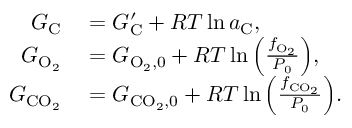
\begin{array} { r l } { G _ { \mathrm { C } } } & { { } = G _ { \mathrm { C } } ^ { \prime } + { \cal R } T \ln { a _ { \mathrm { C } } } , } \\ { G _ { \mathrm { O _ { 2 } } } } & { { } = G _ { \mathrm { O _ { 2 } , 0 } } + { \cal R } T \ln { \left( \frac { f _ { \mathrm { O _ { 2 } } } } { P _ { 0 } } \right) } , } \\ { G _ { \mathrm { C O _ { 2 } } } } & { { } = G _ { \mathrm { C O _ { 2 } , 0 } } + { \cal R } T \ln { \left( \frac { f _ { \mathrm { C O _ { 2 } } } } { P _ { 0 } } \right) } . } \end{array}